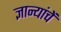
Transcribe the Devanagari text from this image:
ज्ञान्यांचें